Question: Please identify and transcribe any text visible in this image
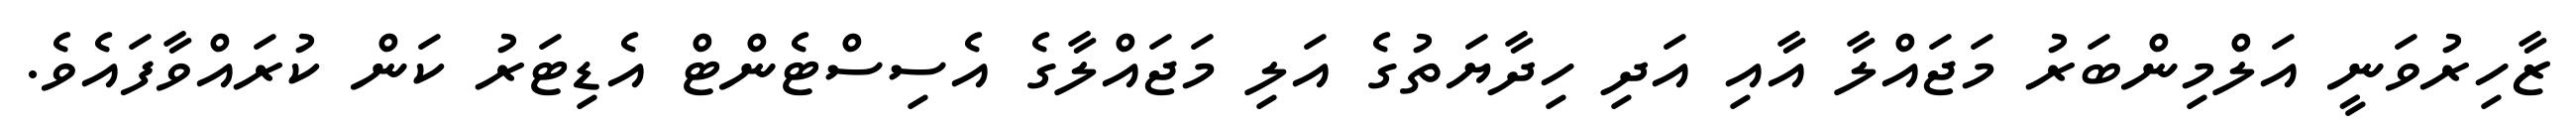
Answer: ޒާހިރުވަނީ އަލްމިންބަރު މަޖައްލާ އާއި އަދި ހިދާޔަތުގެ އަލި މަޖައްލާގެ އެސިސްޓެންޓް އެޑިޓަރު ކަން ކުރައްވާފައެވެ.